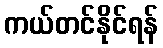
ကယ်တင်နိုင်ရန်